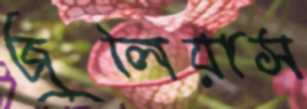
জুলিয়াস